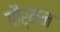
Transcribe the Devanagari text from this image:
गौर्मन